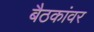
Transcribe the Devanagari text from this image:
बैठकांवर